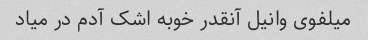
میلفوی وانیل آنقدر خوبه اشک آدم در میاد